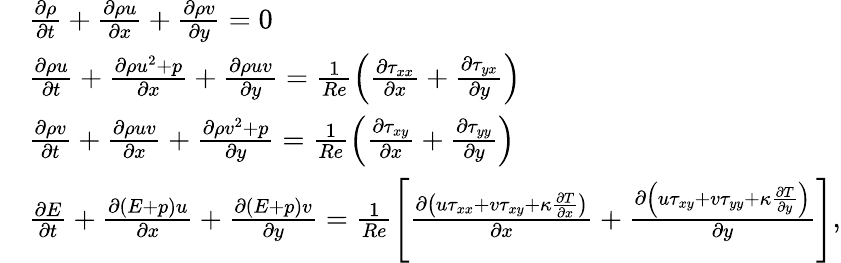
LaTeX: \begin{array}{r}{\begin{array}{rl}&{\frac{\partial{\rho}}{\partial{t}}+\frac{\partial{\rho}{u}}{\partial{x}}+\frac{\partial{\rho}{v}}{\partial{y}}=0}\\ &{\frac{\partial{\rho}{u}}{\partial{t}}+\frac{\partial{\rho}{u}^{2}+{p}}{\partial{x}}+\frac{\partial{\rho}{u}{v}}{\partial{y}}=\frac{1}{Re}\left(\frac{\partial{\tau}_{xx}}{\partial{x}}+\frac{\partial{\tau}_{yx}}{\partial{y}}\right)}\\ &{\frac{\partial{\rho}{v}}{\partial{t}}+\frac{\partial{\rho}{u}{v}}{\partial{x}}+\frac{\partial{\rho}{v}^{2}+{p}}{\partial{y}}=\frac{1}{Re}\left(\frac{\partial{\tau}_{xy}}{\partial{x}}+\frac{\partial{\tau}_{yy}}{\partial{y}}\right)}\\ &{\frac{\partial{E}}{\partial{t}}+\frac{\partial({E}+{p}){u}}{\partial{x}}+\frac{\partial({E}+{p}){v}}{\partial{y}}=\frac{1}{Re}\left[\frac{\partial\left({u}{{\tau}}_{xx}+{v}{{\tau}}_{xy}+{{\kappa}}\frac{\partial{T}}{\partial{x}}\right)}{\partial{x}}+\frac{\partial\left({u}{{\tau}}_{xy}+{v}{{\tau}}_{yy}+{{\kappa}}\frac{\partial{T}}{\partial{y}}\right)}{\partial{y}}\right],}\end{array}}\end{array}